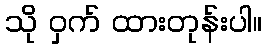
သို ဝှက် ထားတုန်းပါ။